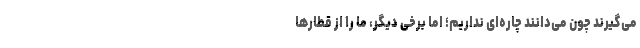
می‌گیرند چون می‌دانند چاره‌ای نداریم؛ اما برخی دیگر، ما را از قطارها